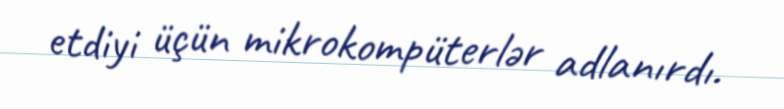
etdiyi üçün mikrokompüterlər adlanırdı.